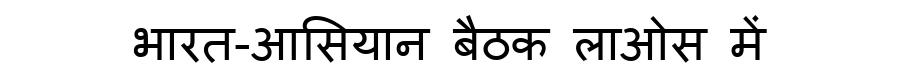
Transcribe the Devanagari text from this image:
भारत-आसियान बैठक लाओस में